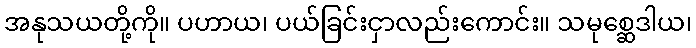
အနုသယတို့ကို။ ပဟာယ၊ ပယ်ခြင်းငှာလည်းကောင်း။ သမုစ္ဆေဒါယ၊